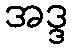
အဒ္ဒ